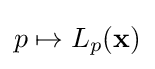
p\mapsto L_{p}(\mathbf {x} )